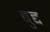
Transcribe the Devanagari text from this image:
बुद्द